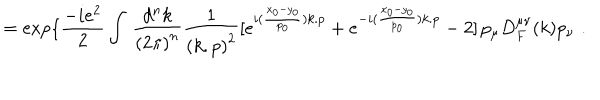
LaTeX: = \exp \{ \frac { - i e ^ { 2 } } { 2 } \int \, \frac { d ^ { n } k } { { ( 2 \pi ) } ^ { n } } \frac { 1 } { { ( k . p ) } ^ { 2 } } [ e ^ { i ( \frac { x _ { 0 } - y _ { 0 } } { p _ { 0 } } ) k . p } + e ^ { - i ( \frac { x _ { 0 } - y _ { 0 } } { p _ { 0 } } ) k . p } - 2 ] \, p _ { \mu } D _ { F } ^ { \mu \nu } ( k ) p _ { \nu } \, \, .